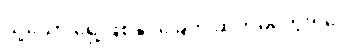
သို့သော် ရှေ့ဖြစ်နိုင်ခြေကို ဆက်မတွေးရဲပေ။